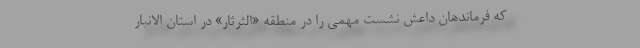
که فرماندهان داعش نشست مهمی را در منطقه «الثرثار» در استان الانبار